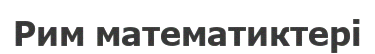
Рим математиктері